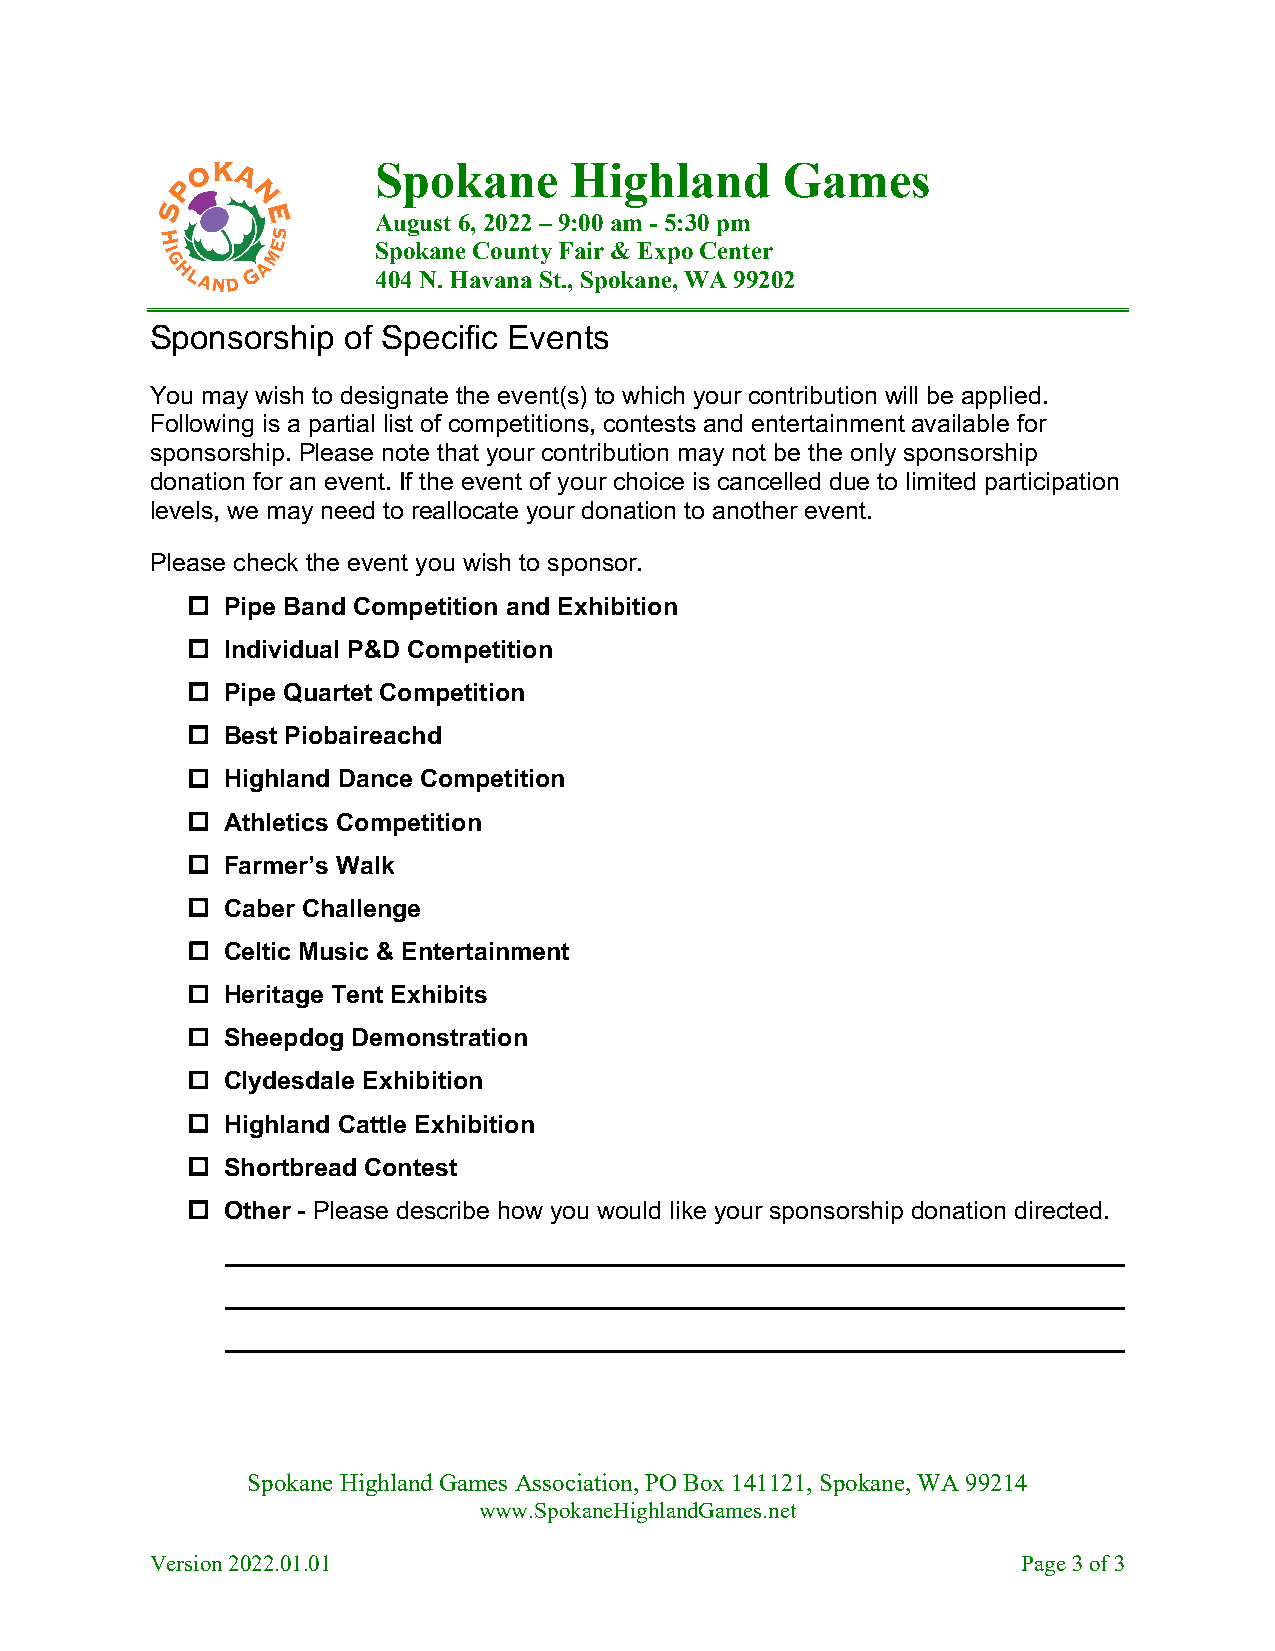
Spokane      Highland      Games
 August 6, 2022 – 9:00 am - 5:30 pm
 Spokane County Fair & Expo Center
 404 N. Havana St., Spokane, WA 99202
 Sponsorship  of Specific Events
 You may wish to designate the event(s) to which your contribution will be applied.
 Following is a partial list of competitions, contests and entertainment available for
 sponsorship. Please note that your contribution may not be the only sponsorship
 donation for an event. If the event of your choice is cancelled due to limited participation
 levels, we may need to reallocate your donation to another event.
 Please check the event you wish to sponsor.
 !  Pipe Band Competition and Exhibition
 !  Individual P&D Competition
 !  Pipe Quartet Competition
 !  Best Piobaireachd
 !  Highland Dance Competition
 !  Athletics Competition
 !  Farmer’s Walk
 !  Caber Challenge
 !  Celtic Music & Entertainment
 !  Heritage Tent Exhibits
 !  Sheepdog Demonstration
 !  Clydesdale Exhibition
 !  Highland Cattle Exhibition
 !  Shortbread Contest
 !  Other - Please describe how you would like your sponsorship donation directed.
 Spokane Highland Games Association, PO Box 141121, Spokane, WA 99214
 www.SpokaneHighlandGames.net
 Version 2022.01.01                                        Page 3 of 3